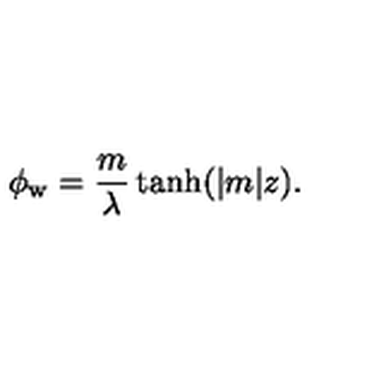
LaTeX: \phi _ { \mathrm { w } } = \frac { m } { \lambda } \tanh ( | m | z ) .